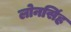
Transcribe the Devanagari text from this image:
लोनसिंह